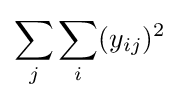
\sum _{j}\sum _{i}(y_{ij})^{2}